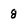
Character: 8